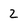
Character: 2